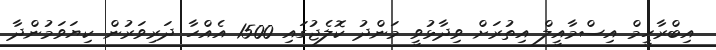
އިބްރާހީމް އިސްމާއީލް އިތުރަށް ވިދާޅުވީ މަންދު ކޮލެޖުގައި 1500 އެއްހާ ދަރިވަރުން ކިޔަވަމުންދާ